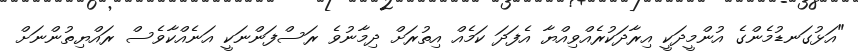
"އަޅުގަނޑުމެންގެ އުންމީދަކީ އިރާދަކުރެއްވިއްޔާ އެފަދަ ކަމެއް އިތުރަށް ދިމާނުވެ ރަސްފަންނަކީ އަނެއްކާވެސް ރައްޔިތުންނަށް